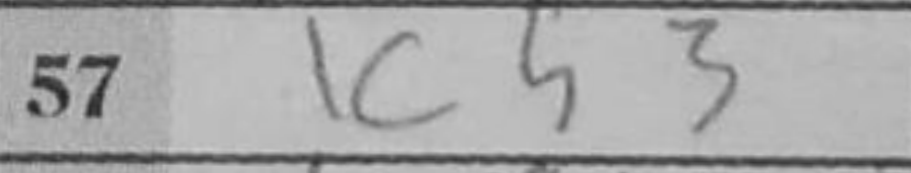
Transcription: Kh3